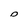
Character: D